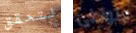
لتحقق متواطئ